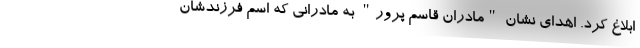
ابلاغ کرد. اهدای نشان "مادران قاسم پرور" به مادرانی که اسم فرزندشان